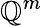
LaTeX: \mathbb{Q}^{m}